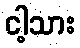
ငါ့သား